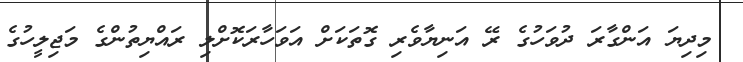
މިދިޔަ އަންގާރަ ދުވަހުގެ ރޭ އަނިޔާވެރި ގޮތަކަށް އަވަހާރަކޮށްލި ރައްޔިތުންގެ މަޖިލީހުގެ